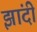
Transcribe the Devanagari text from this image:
झांदी